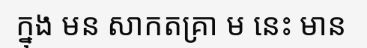
ក្នុង មន សាកតគ្រា ម នេះ មាន